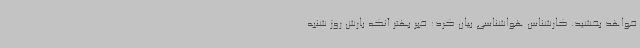
خواهد بخشید. کارشناس هواشناسی بیان کرد: خبر بهتر آنکه بارش روز شنبه